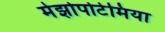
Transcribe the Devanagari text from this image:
मेझोपोटेमिया